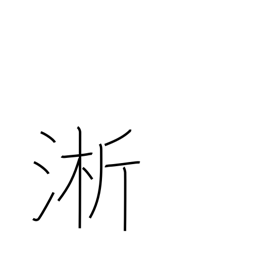
Meaning: wash rice